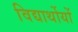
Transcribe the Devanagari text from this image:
विद्यार्थोयों